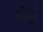
દીનો